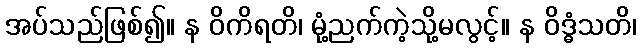
အပ်သည်ဖြစ်၍။ န ဝိကိရတိ၊ မုံ့ညက်ကဲ့သို့မလွင့်။ န ဝိဒ္ဓံသတိ၊